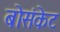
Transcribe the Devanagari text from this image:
बोसंकेट